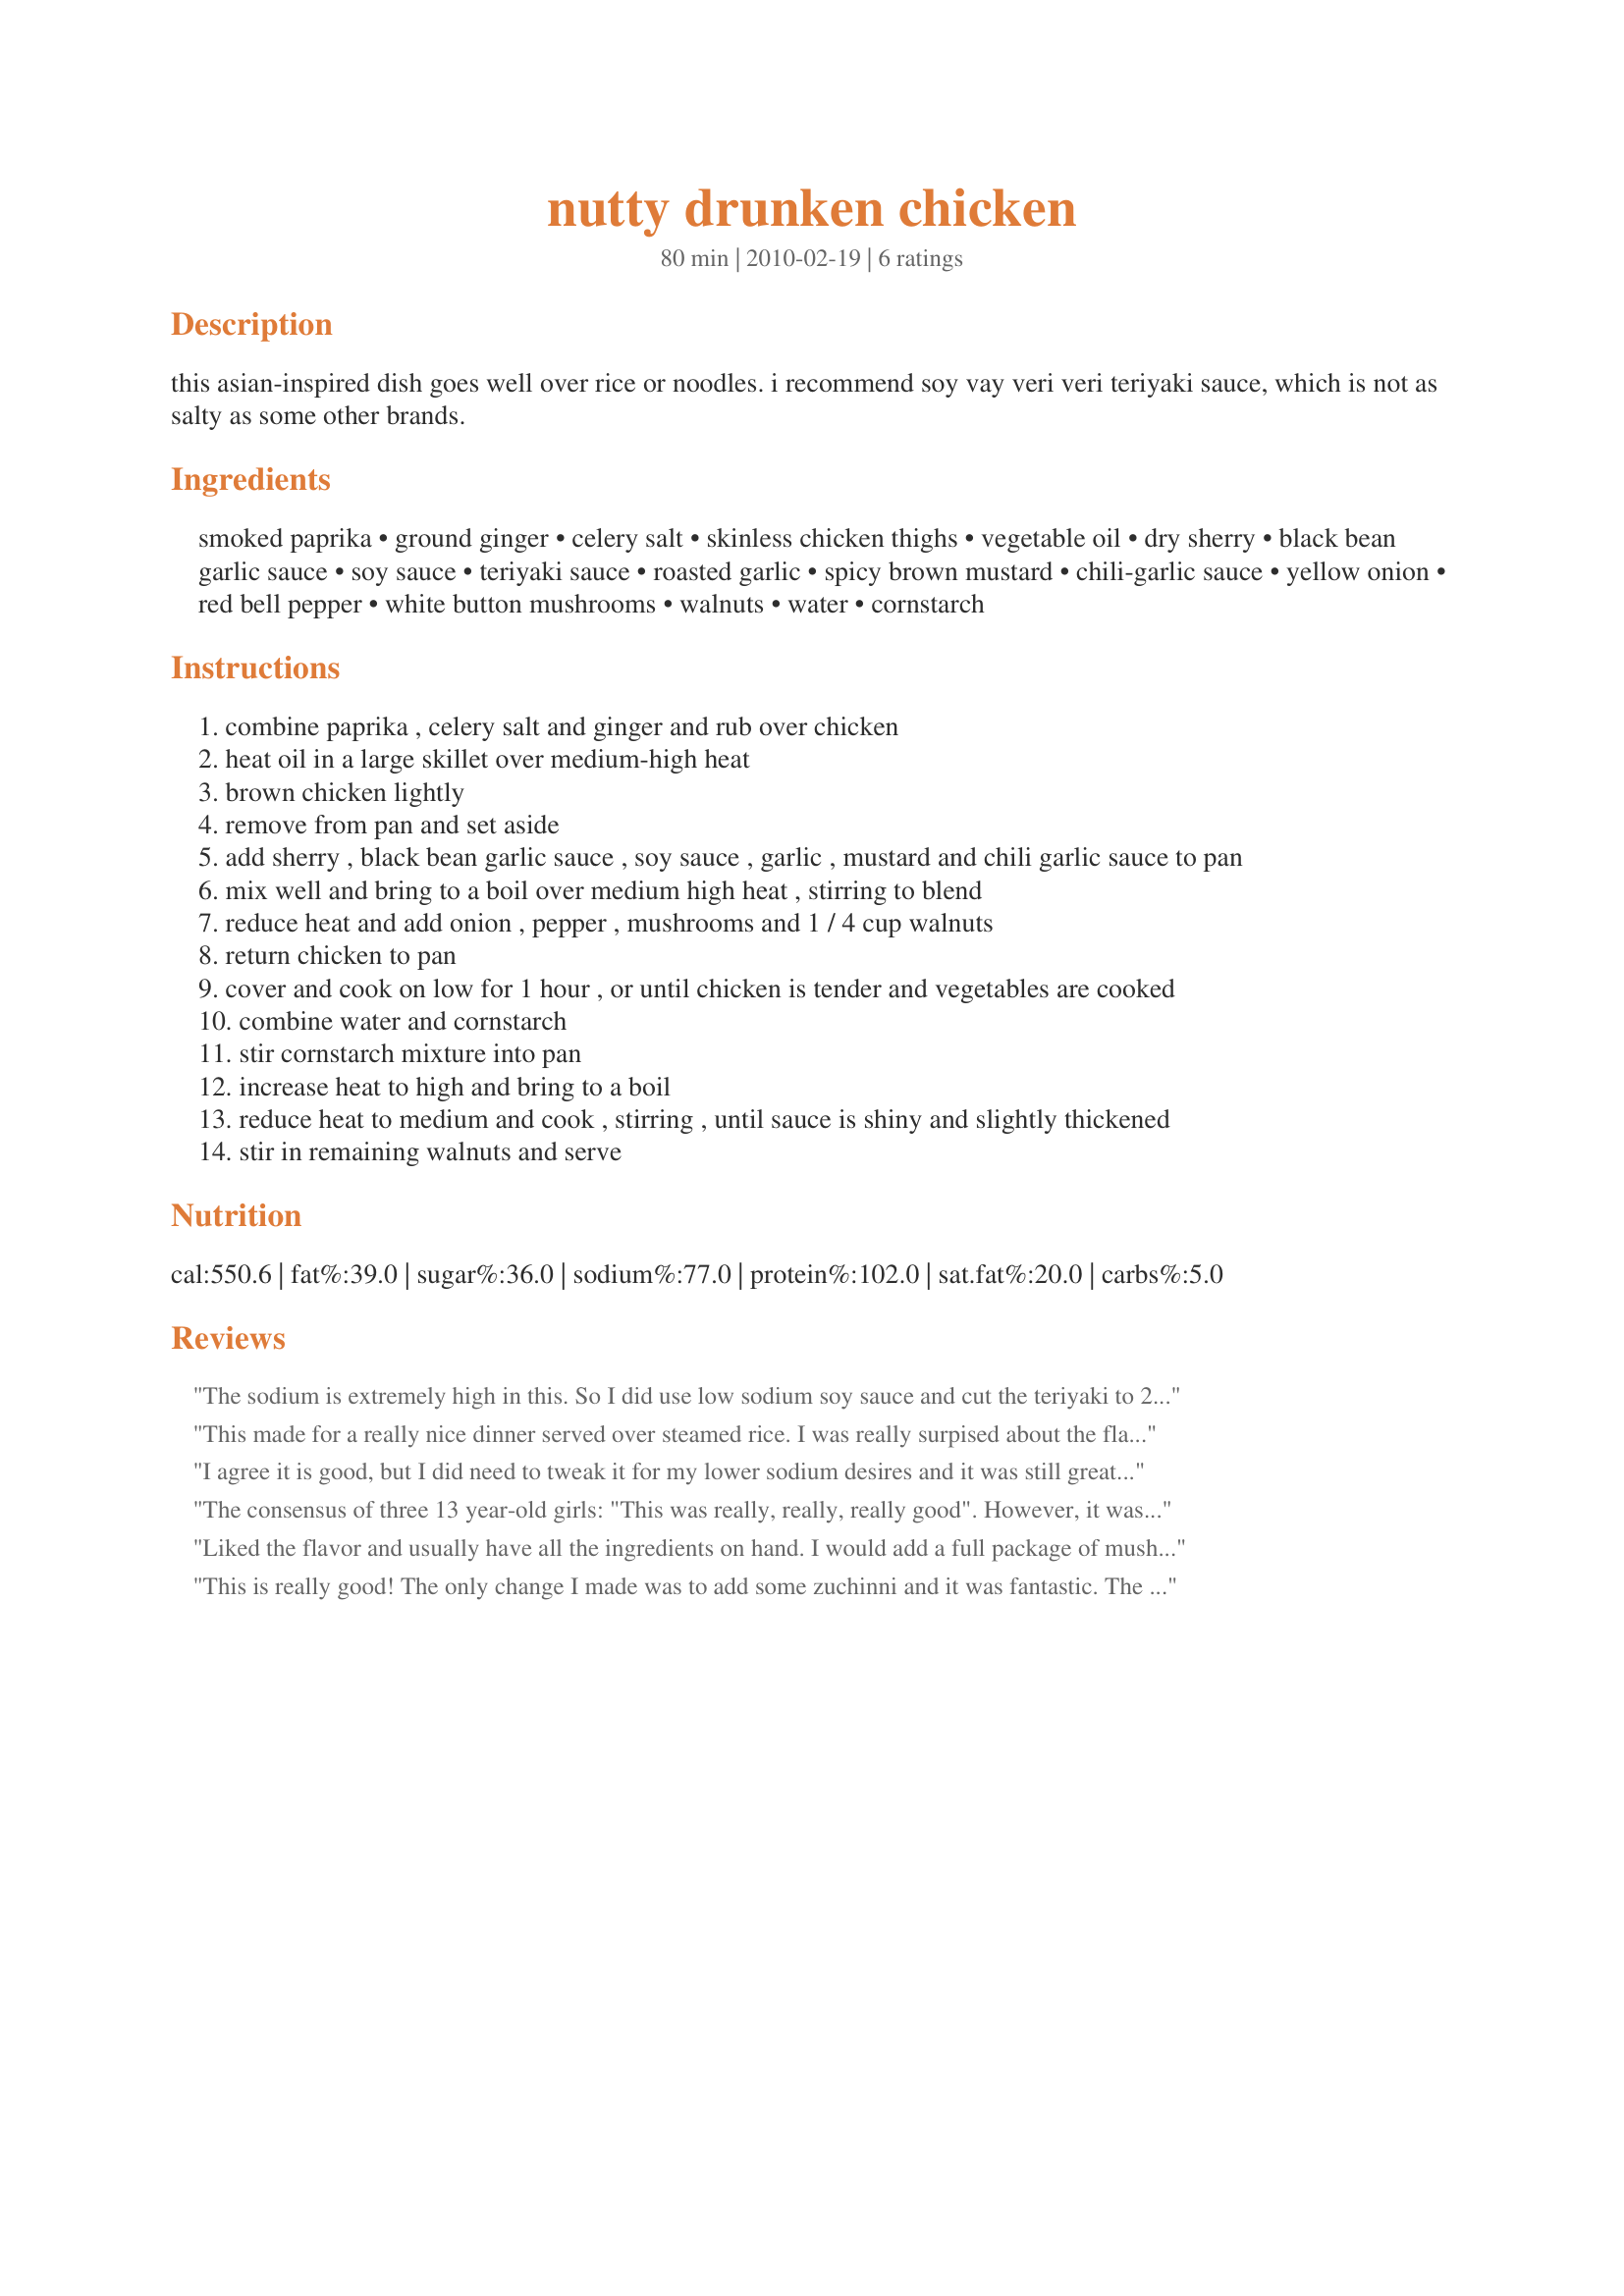
nutty drunken chicken
Preparation time: 80 minutes

this asian-inspired dish goes well over rice or noodles. i recommend soy vay veri veri teriyaki sauce, which is not as salty as some other brands.

Ingredients:
smoked paprika, ground ginger, celery salt, skinless chicken thighs, vegetable oil, dry sherry, black bean garlic sauce, soy sauce, teriyaki sauce, roasted garlic, spicy brown mustard, chili-garlic sauce, yellow onion, red bell pepper, white button mushrooms, walnuts, water, cornstarch

Steps:
combine paprika , celery salt and ginger and rub over chicken
heat oil in a large skillet over medium-high heat
brown chicken lightly
remove from pan and set aside
add sherry , black bean garlic sauce , soy sauce , garlic , mustard and chili garlic sauce to pan
mix well and bring to a boil over medium high heat , stirring to blend
reduce heat and add onion , pepper , mushrooms and 1 / 4 cup walnuts
return chicken to pan
cover and cook on low for 1 hour , or until chicken is tender and vegetables are cooked
combine water and cornstarch
stir cornstarch mixture into pan
increase heat to high and bring to a boil
reduce heat to medium and cook , stirring , until sauce is shiny and slightly thickened
stir in remaining walnuts and serve

Reviews:
The sodium is extremely high in this. So I did use low sodium soy sauce and cut the teriyaki to 2 tablespoons. I removed the oil from the pan after browning the chicken no need for extra fat. 
After the hour of cooking the chicken was fall apart tender. But there was so much sauce and a thin film of fat so I strain 1- 1 1/2 cups of the sauce which was way to salty for us and placed the veggies back in the pan (they were very dark and full of the seasoning) added 1 cup water and 1 tablespoon cornstarch. Served over brown rice. My DH remarked it was nutty! With a little adjusting this can be 5 stars. Sorry but I almost had to toss it, if not for replacing the high sodium sauce. Good luck with the contest!
This made for a really nice dinner served over steamed rice. I was really surpised about the flavor- using the black bean sauce, chili-garlic sauce, and terriyaki and soy, I totally expected it to taste more "Asian", but I think the brown mustard and smoked paprika counter balanced those flavors. I loved the mushrooms in this and next time I would double them because by the time we sat down to dinner, I had picked already picked them all out and eaten them! Thank you for sharing your creation chef.
I agree it is good, but I did need to tweak it for my lower sodium desires and it was still great without any Teriyaki sauce and only 1 tbs soy. Also there is sodium in celery salt, black bean garlic sauce, mustard, chili-garlic sauce, so I did not find a need for additional salt laden sauces. To sum it up, I will save this recipe as a go to Asian flavored dish. One last thing, I added a package of frozen (I heated before adding) stir fry veggies to bump up the veggie volume. Thanks for posting.
The consensus of three 13 year-old girls: "This was really, really, really good". However, it was way too salty for the adults. That, in mind, I still gave it 5 stars because it's extremely tasty. I served it over cellophane noodles. Thanks for sharing!
Liked the flavor and usually have all the ingredients on hand. I would add a full package of mushrooms next time. Thanks for sharing this recipe
This is really good! The only change I made was to add some zuchinni and it was fantastic. The chicken came out perfectly tender and not dry at all. I will definitely make this recipe again. Thanks for posting!
